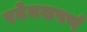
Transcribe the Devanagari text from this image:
रवेनसपर्ण